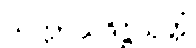
သက္ကာယဒိဋ္ဌိသုတ္တံ